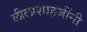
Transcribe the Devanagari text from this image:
लीलाशाहजींनी